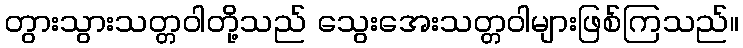
တွားသွားသတ္တဝါတို့သည် သွေးအေးသတ္တဝါများဖြစ်ကြသည်။